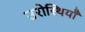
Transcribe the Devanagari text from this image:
उरोस्थियाँ